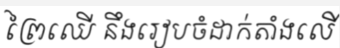
ព្រៃឈើ នឹងរៀបចំដាក់តាំងលើ